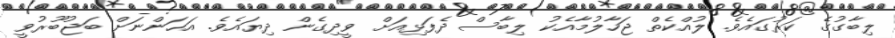
ލިބާގުގެ ކަރުގައެވެ. ލުއްކެތް ޖަހާލުމާއެކު ލިބާސް ދެފަޅިއަށް ވީދިގެން ދިޔައެެވެ. އަހަންނަށް ބަޖުބޫރުވީ